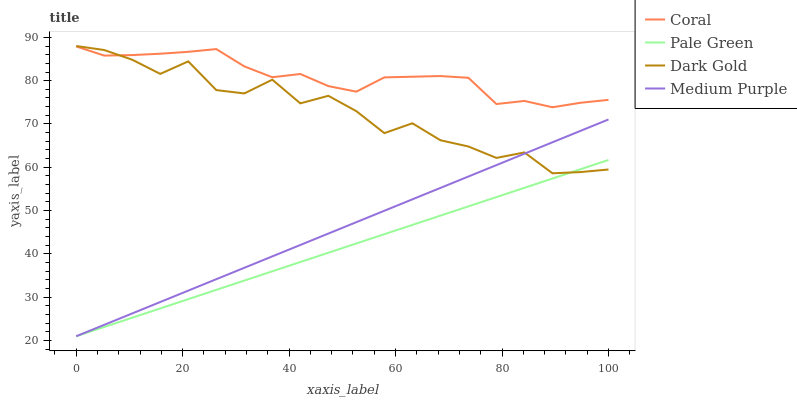
| xaxis_label | Coral | Pale Green | Dark Gold | Medium Purple |
 | --- | --- | --- | --- | --- |
 | 0 | 87.9 | 21 | 88 | 21 |
 | 5.26 | 85.8 | 23.1 | 87.1 | 23.6 |
 | 10.5 | 85.9 | 25.3 | 84.8 | 26.3 |
 | 15.8 | 86.2 | 27.4 | 81.6 | 28.9 |
 | 21.1 | 86.7 | 29.6 | 84.5 | 31.5 |
 | 26.3 | 87.3 | 31.7 | 77.8 | 34.2 |
 | 31.6 | 83.3 | 33.9 | 77 | 36.8 |
 | 36.8 | 80.8 | 36 | 80.2 | 39.4 |
 | 42.1 | 81.5 | 38.1 | 74.8 | 42.1 |
 | 47.4 | 78.8 | 40.3 | 76.5 | 44.7 |
 | 52.6 | 77.5 | 42.4 | 73 | 47.3 |
 | 57.9 | 80.8 | 44.6 | 67.9 | 50 |
 | 63.2 | 80.9 | 46.7 | 70.2 | 52.6 |
 | 68.4 | 81.1 | 48.8 | 66.2 | 55.2 |
 | 73.7 | 80.7 | 51 | 64.8 | 57.9 |
 | 78.9 | 74.6 | 53.1 | 62.2 | 60.5 |
 | 84.2 | 75.3 | 55.3 | 63.4 | 63.1 |
 | 89.5 | 73.9 | 57.4 | 58.6 | 65.8 |
 | 94.7 | 74.9 | 59.6 | 58.9 | 68.4 |
 | 100 | 75.6 | 61.7 | 59.5 | 71 |